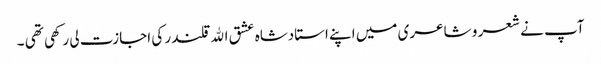
آپ نے شعر و شاعری میں اپنے استادشاہ عشق اﷲ قلندر کی اجازت لی رکھی تھی ۔